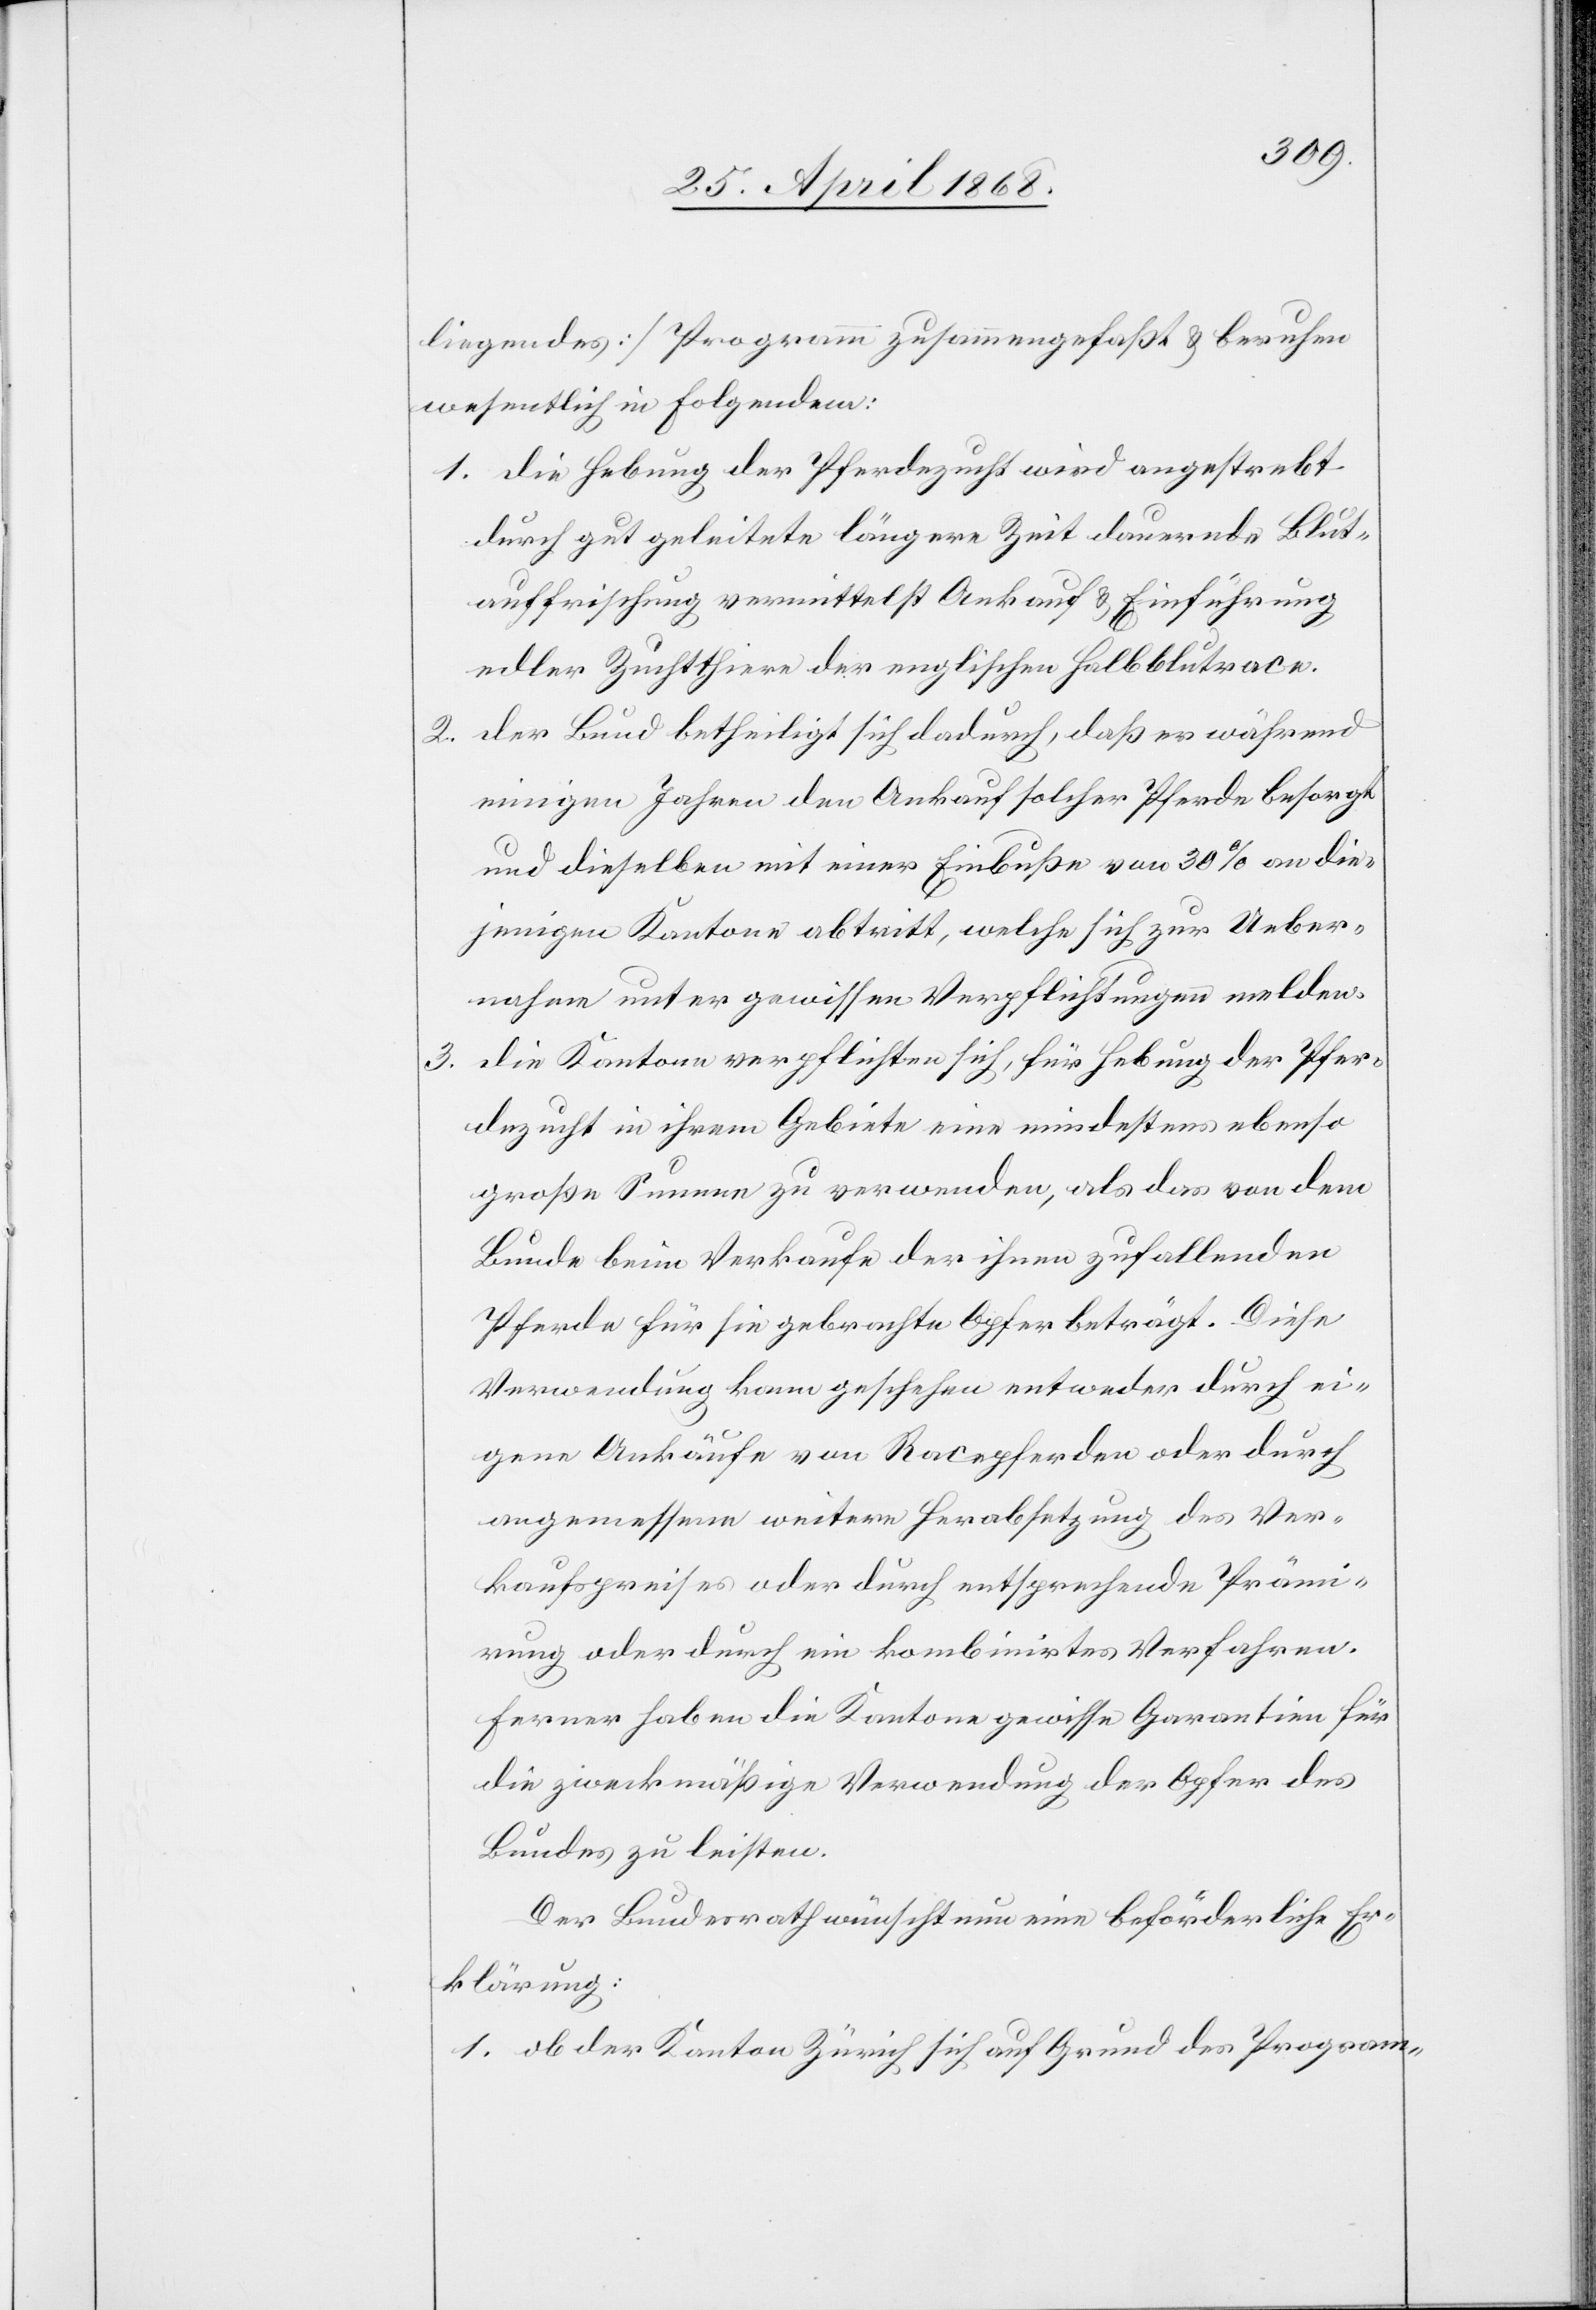
3.

liegendes] Programm zusammengefaßt & beruhen
wesentlich in Folgendem:
die Hebung der Pferdezucht wird angestrebt
durch gut geleitete längere Zeit dauernde Blut¬
auffrischung vermittelst Ankauf & Einführung
edler Zuchtthiere der englischen Halbblutrace.
der Bund betheiligt sich dadurch, daß er während
einigen Jahren den Ankauf solcher Pferde besorgt
und dieselben mit einer Einbuße von 30% an die¬
jenigen Kantone abtritt, welche sich zur Ueber¬
nahme unter gewissen Verpflichtungen melden.
die Kantone verpflichten sich, für Hebung der Pfer¬
dezucht in ihrem Gebiete eine mindestens ebenso
große Summe zu verwenden, als das von dem
Bunde beim Verkaufe der ihnen zufallenden
Pferde für sie gebrachte Opfer beträgt. Diese
Verwendung kann geschehen entweder durch ei¬
gene Ankäufe von Racepferden oder durch
angemessene weitere Herabsetzung des Ver¬
kaufspreises oder durch entsprechende Prämi¬
rung oder durch ein kombinirtes Verfahren.
Ferner haben die Kantone gewisse Garantien für
die zweckmäßige Verwendung der Opfer des
Bundes zu leisten.
Der Bundesrath wünscht nun eine beförderliche Er¬
klärung:
ob der Kanton Zürich sich auf Grund des Program-